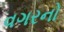
વગરનો